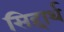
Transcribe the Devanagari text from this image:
सिद्दार्थ